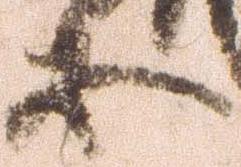
等